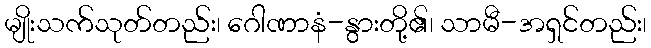
မျိုးသက်သုတ်တည်း၊ ဂေါဏာနံ-နွားတို့၏၊ သာမီ-အရှင်တည်း၊